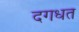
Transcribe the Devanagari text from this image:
दगधत